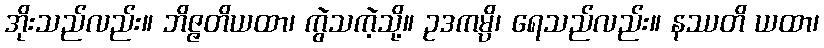
အိုးသည်လည်း။ ဘိဇ္ဇတိယထာ၊ ကွဲသကဲ့သို့။ ဥဒကမ္ပိ၊ ရေသည်လည်း။ နဿတိ ယထာ၊